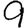
Digit: 9